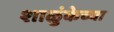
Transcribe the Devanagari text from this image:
शाळुंकेच्या